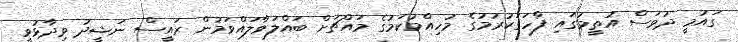
ގައުމީ ދުވަސް އުތީމުގައި ފާހަގަކުރުމުގެ މުހިއްމުކަމުގެ މައްޗަށް ބައްލަވާލައްވަމުން ރައީސް ނަޝީދު ވިދާޅުވީ